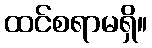
ထင်စရာမရှိ။